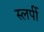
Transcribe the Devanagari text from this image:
स्लर्पी